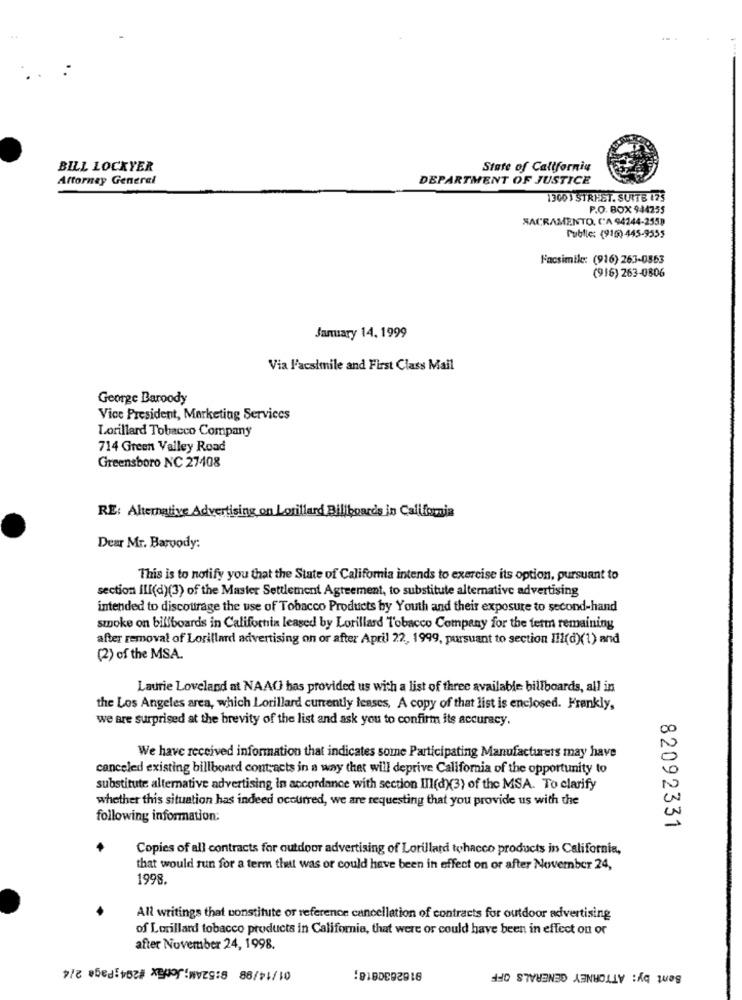
BILL LOCKYER
State of California
Attorney General
DEPARTMENT OF JUSTICE
1300 ) STREET. SUITE 175
P.O. BOX 944255
SACRAMENTO, CA 94244-255)
Public: (910) 445-9555
Facsimile: (916) 263-0553
(916) 263-0806
January 14. 1999
Via l'acsimile and First Class Mail
George Baroody
Vice President, Marketing Services
Lorillard Tobacco Company
714 Green Valley Road
Greensboro NC 27408
RE: Alternative Advertising on Lorillard Billboards in California
Dear Mr. Barvody:
This is to notify you that the State of California intends to exercise its option, pursuant to
section III(d)(3) of the Master Settlement Agreement, to substitute alternative advertising
intended to discourage the use of Tobacco Products by Youth and their exposure to second-hand
smoke on billboards in California leased by Lorillard Tobacco Company for the term remaining
after removal of Lorillard advertising on or after April 22, 1999, pursuant to section Ill(d)(1) and
(2) of the MSA.
Laurie Loveland at NAAU has provided us with a list of three available billboards, all in
the Los Angeles area, which Lorillard currently leases, A copy of that list is enclosed. Frankly,
we are surprised at the brevity of the list and ask you to confirm its accuracy.
We have received information that indicates some Participating Manufacturers may have
canceled existing billboard contracts in a way that will deprive California of the opportunity to
substitute alternative advertising in accordance with section III(d)(3) of the MSA. To clarify
whether this situation has indeed occurred, we are requesting that you provide us with the
following information:
82092331
Copies of all contracts for outdoor advertising of Lorillard tohacco products in California,
that would run for a term that was or could have been in effect on or after November 24,
1998.
All writings that constitute or reference cancellation of contracts for outdoor advertising
of Lorillard tobacco products in California, that were or could have been in effect on or
after November 24, 1998.
01/14/98 8:52AM;Jctfax #204;Page 2/4
9162630818;
Sent by: ATTORNEY GENERALS OFF